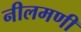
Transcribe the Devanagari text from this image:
नीलमणी